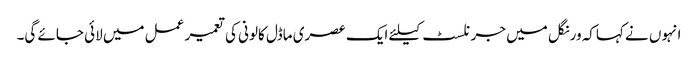
انہوں نے کہاکہ ورنگل میں جرنلسٹ کیلئے ایک عصری ماڈل کالونی کی تعمیر عمل میں لائی جائے گی۔